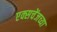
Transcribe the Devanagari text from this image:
एक्सचेंजच्या